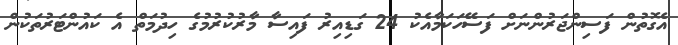
އެގޮތުން ފަސިންޖަރުންނަށް ފަސޭހަކަމާއެކު 24 ގަޑިއިރު ފައިސާ މާރުކުރުމުގެ ހިދުމަތް އެ ކައުންޓަރުތަކުން